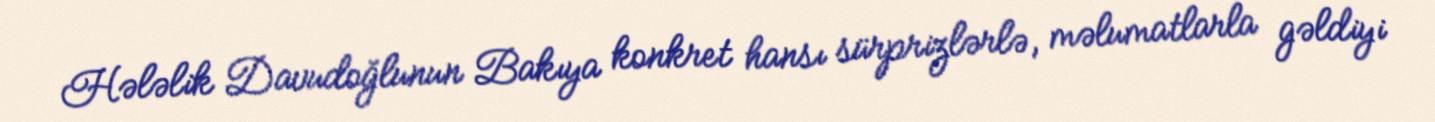
Hələlik Davudoğlunun Bakıya konkret hansı sürprizlərlə, məlumatlarla gəldiyi